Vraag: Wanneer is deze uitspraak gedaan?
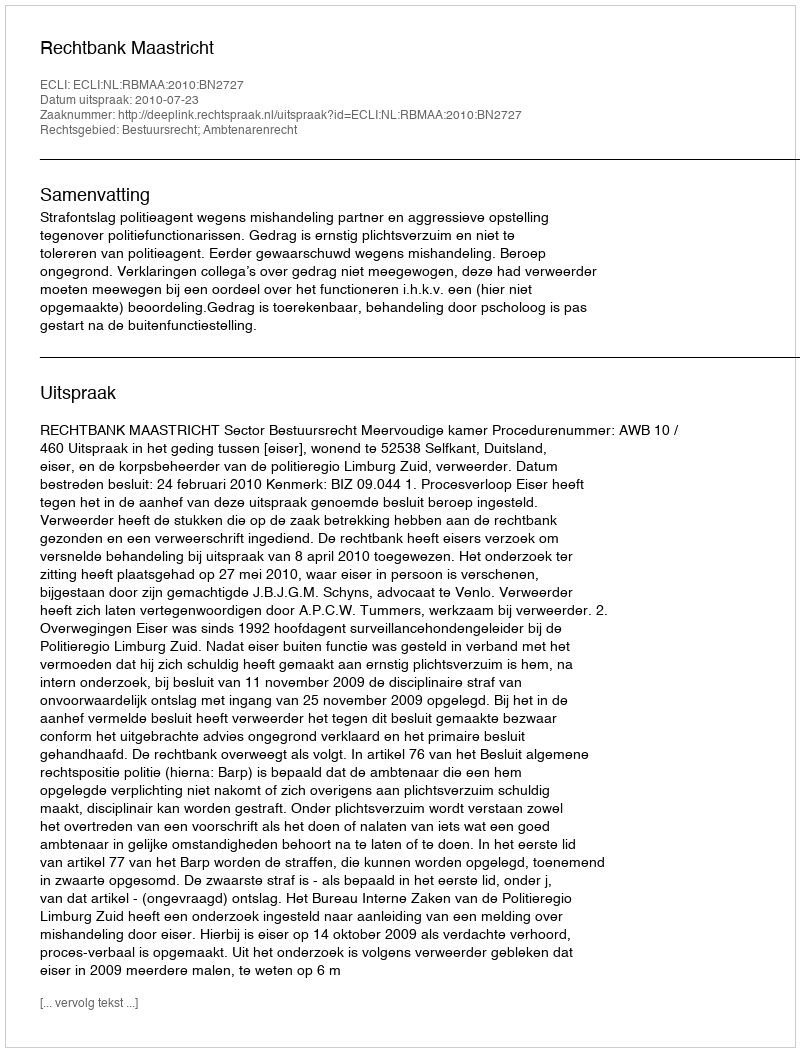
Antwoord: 2010-07-23